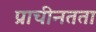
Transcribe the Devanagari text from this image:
प्राचीनतता